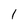
Character: 1